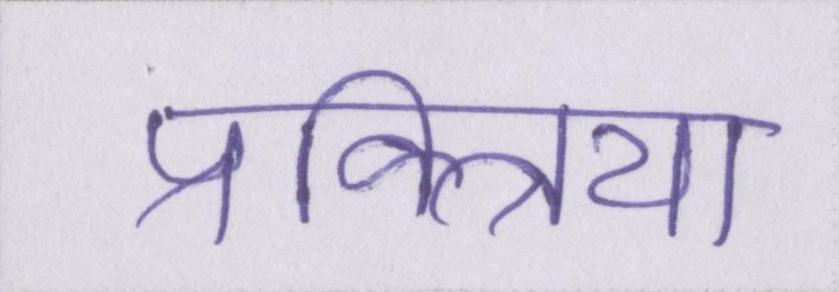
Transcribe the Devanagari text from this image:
प्रक्त्रिया